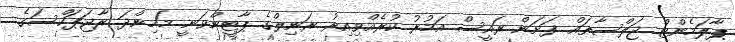
ޕާލަމެންޓް ޖަލްސާތައް ފަށަން ރައީސް އަމުރު ކުރެއްވިއިރު ރަނިލްގެ ޕާޓީންވަނީ މަހިންދަ ރާޖަޕަކްސަގެ